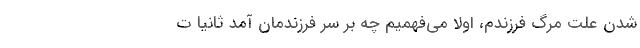
شدن علت مرگ فرزندم، اولاً می‌فهمیم چه بر سر فرزندمان آمد ثانیاً ت